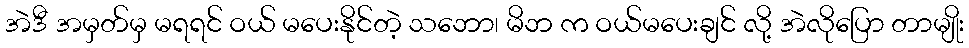
အဲဒီ အမှတ်မှ မရရင် ဝယ် မပေးနိုင်တဲ့ သဘော၊ မိဘ က ဝယ်မပေးချင် လို့ အဲလိုပြော တာမျိုး